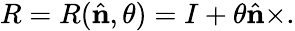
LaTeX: R=R({\hat{\mathbf{n}}},\theta)=I+\theta{\hat{\mathbf{n}}}\times.